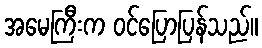
အမေကြီးက ဝင်ပြောပြန်သည်။